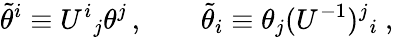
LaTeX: \tilde{\theta}^{i}\equiv U^{i}{}_{j}\theta^{j}\, ,\qquad\tilde{\theta}_{i}\equiv\theta_{j}(U^{-1})^{j}{}_{i}\ ,